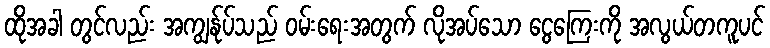
ထိုအခါ တွင်လည်း အကျွန်ုပ်သည် ဝမ်းရေးအတွက် လိုအပ်သော ငွေကြေးကို အလွယ်တကူပင်